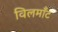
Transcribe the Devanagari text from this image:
विलमाँट